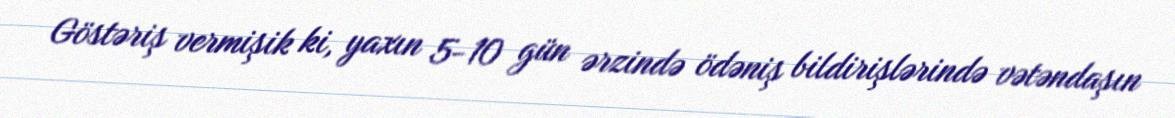
Göstəriş vermişik ki, yaxın 5-10 gün ərzində ödəniş bildirişlərində vətəndaşın